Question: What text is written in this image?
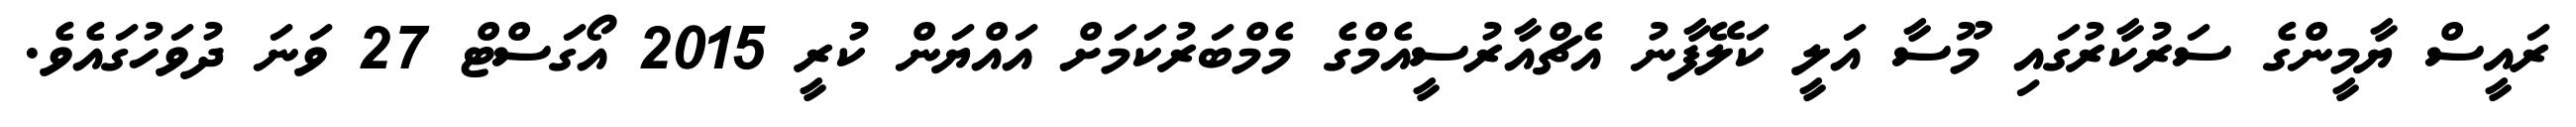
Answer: ރައީސް ޔާމީންގެ ސަރުކާރުގައި މޫސާ އަލީ ކަލޭފާނު އެޗްއާރުސީއެމްގެ މެމްބަރުކަމަށް އައްޔަން ކުރީ 2015 އޯގަސްޓް 27 ވަނަ ދުވަހުގައެވެ.